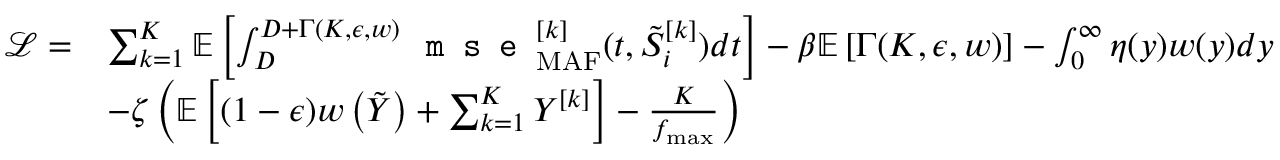
\begin{array} { r l } { \mathcal { L } = } & { \sum _ { k = 1 } ^ { K } { \mathbb { E } } \left[ \int _ { D } ^ { D + \Gamma ( K , \epsilon , w ) } \texttt { m s e } _ { \mathrm { M A F } } ^ { [ k ] } ( t , \tilde { S } _ { i } ^ { [ k ] } ) d t \right] - \beta { \mathbb { E } } \left[ \Gamma ( K , \epsilon , w ) \right] - \int _ { 0 } ^ { \infty } \eta ( y ) w ( y ) d y } \\ & { - \zeta \left( { \mathbb { E } } \left[ ( 1 - \epsilon ) w \left( \tilde { Y } \right) + \sum _ { k = 1 } ^ { K } Y ^ { [ k ] } \right] - \frac { K } { f _ { \operatorname* { m a x } } } \right) } \end{array}